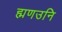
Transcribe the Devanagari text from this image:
ह्मणउनि